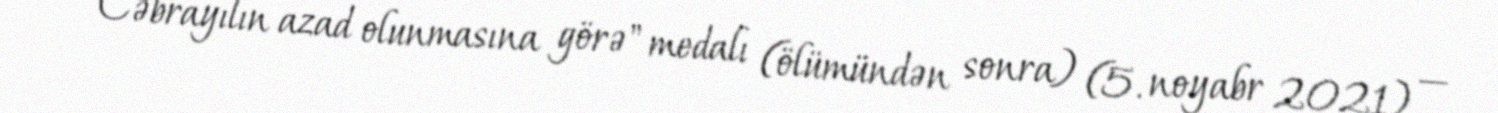
— "Cəbrayılın azad olunmasına görə" medalı (ölümündən sonra) (5. noyabr 2021) —